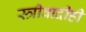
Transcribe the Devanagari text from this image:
स्त्रीवादीही